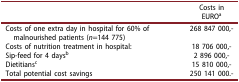
|  | Costs in EUROa |
 | --- | --- |
 | Costs of one extra day in hospital for 60% of malnourished patients (n=144 775) | 268 847 000,- |
 | Costs of nutrition treatment in hospital: | 18 706 000,- |
 | Sip-feed for 4 daysb | 2 896 000,- |
 | Dietitiansc | 15 810 000,- |
 | Total potential cost savings | 250 141 000.- |